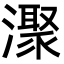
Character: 㵵